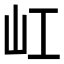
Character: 屸